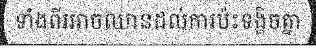
ទាំងពីរអាចឈានដល់ការប៉ះទង្គិចគ្នា